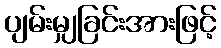
ပျမ်းမျှခြင်းအားဖြင့်